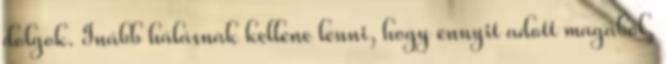
dolgok. Inább hálásnak kellene lenni, hogy ennyit adott magából,